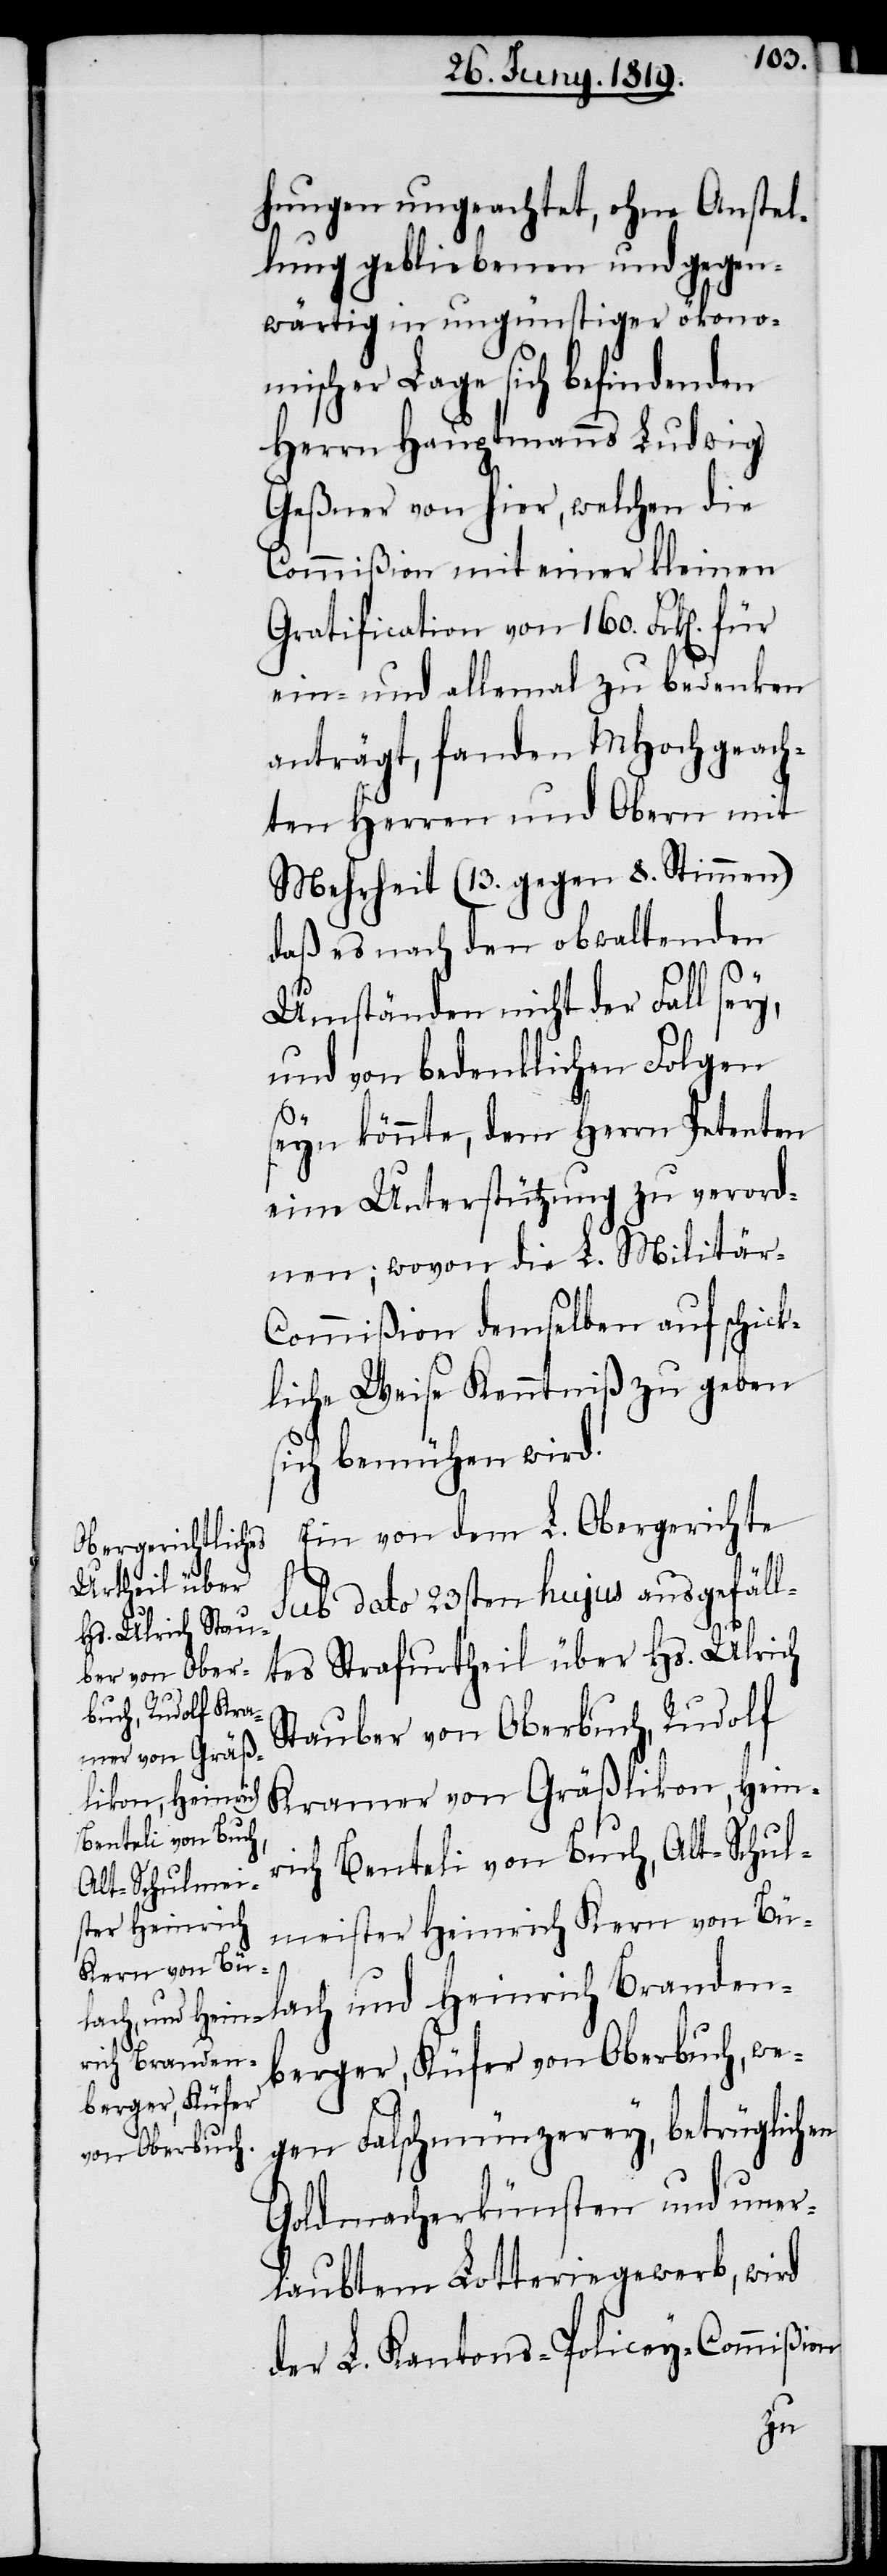
hungen ungeachtet, ohne Anstel¬
lung gebliebenen und gegen¬
wärtig in ungünstiger ökono¬
mischer Lage sich befindenden
Herrn Hauptmanns Ludwig
Geßner von hier, welchen die
Commißion mit einer kleinen
Gratification von 160. Frk[en].
ein- und allemal zu bedenken
anträgt, fanden MHochgeach¬
ten Herren und Obern mit
Mehrheit (13. gegen 8. Stimmen)
daß es nach den obwaltenden
Umständen nicht der Fall sey,
und von bedenklichen Folgen
seyn könnte, dem Herrn Petenten
eine Unterstützung zu verord¬
nen; wovon die L. Militär-C¬
ommißion demselben auf schick¬
liche Weise Kenntniß zu geben
sich bemühen wird.
Ein von dem L. Obergerichte
sub dato 23sten hujus ausgefäll¬
tes Strafurtheil über Hs. Ulrich
Stauber von Oberbuch, Rudolf
Kramer von Gräßlikon, Hein¬
rich Benteli von Buch, Alt-Schul¬
meister Heinrich Kern von Bü¬
lach und Heinrich Branden¬
berger, Küfer von Oberbuch, we¬
gen Falschmünzerey, betrüglichen
Goldmacherkünsten und uner¬
laubtem Lotteriegewerb, wird
der L. Kantons-Policey-Commißion